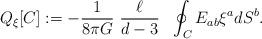
LaTeX: \begin{align*}Q_{\xi }[C]:=-\frac{1}{8\pi G}~\frac{\ell}{d-3}~~\oint_{C} E_{ab}\xi^{a}dS^{b}. \end{align*}